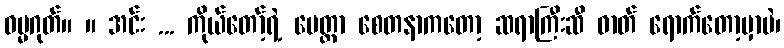
ဓမ္မဂုတ်။ ။ အင်း ... ကိုယ်တော့်ရဲ့ မေတ္တာ စေတနာကတော့ ဆရာကြီးဆီ ဓာတ် ရောက်တော့မှာပဲ၊